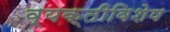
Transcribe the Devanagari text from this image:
व्यक्तीविशेष